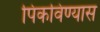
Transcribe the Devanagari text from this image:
पिकविण्यास